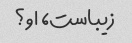
زیباست، او؟